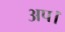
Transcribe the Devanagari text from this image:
अप।